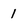
Character: 1